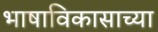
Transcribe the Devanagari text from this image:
भाषाविकासाच्या